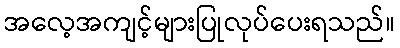
အလေ့အကျင့်များပြုလုပ်ပေးရသည်။